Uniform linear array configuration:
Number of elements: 16
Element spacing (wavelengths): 0.75
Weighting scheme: binomial
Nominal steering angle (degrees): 15
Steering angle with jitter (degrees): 15.604
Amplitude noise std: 0.05
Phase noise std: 0.05

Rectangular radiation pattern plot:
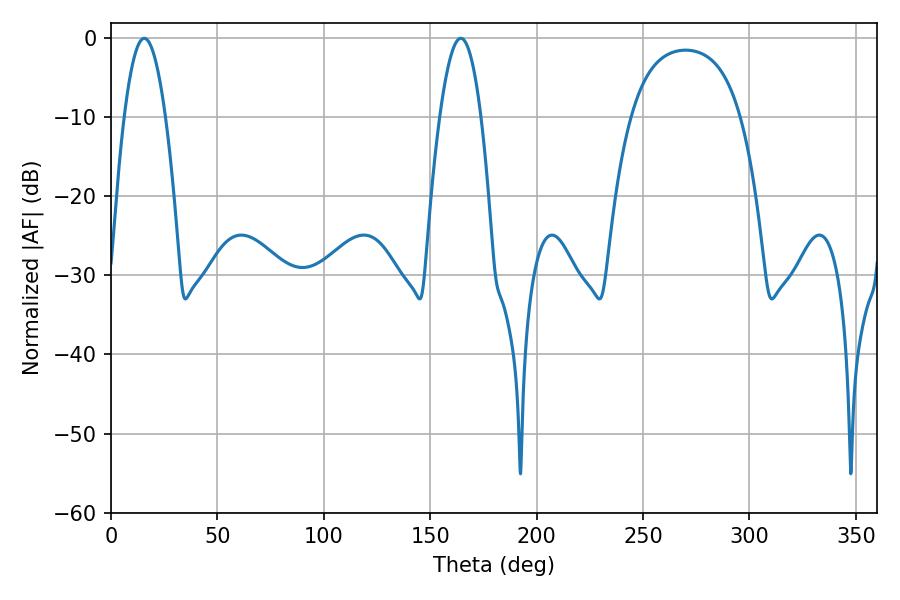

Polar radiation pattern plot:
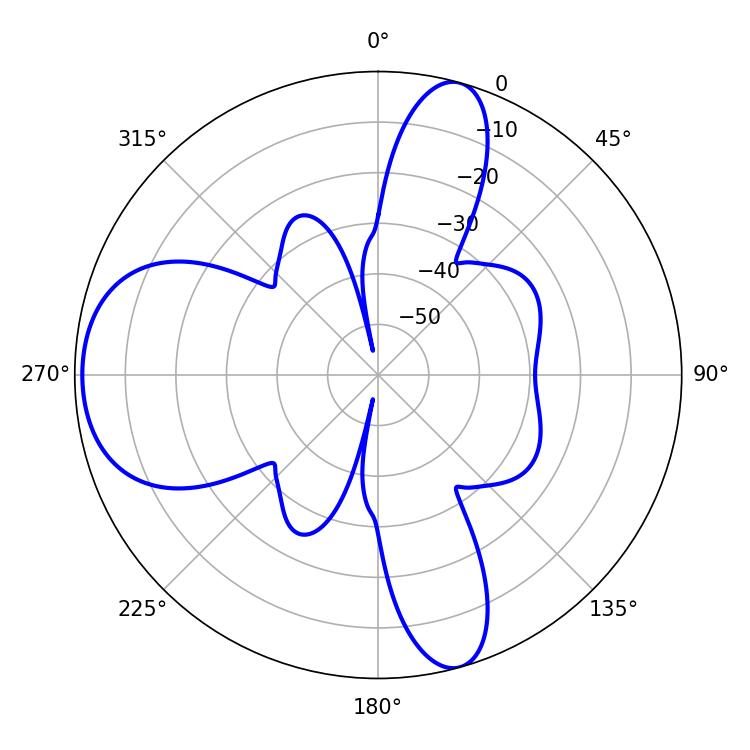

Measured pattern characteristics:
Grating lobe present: TRUE
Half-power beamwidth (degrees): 10.62
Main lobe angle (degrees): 164.34